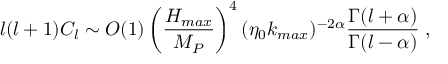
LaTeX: l ( l + 1 ) C _ { l } \sim O ( 1 ) \left( { \frac { H _ { m a x } } { M _ { P } } } \right) ^ { 4 } ( \eta _ { 0 } k _ { m a x } ) ^ { - 2 \alpha } { \frac { \Gamma ( l + \alpha ) } { \Gamma ( l - \alpha ) } } \; ,